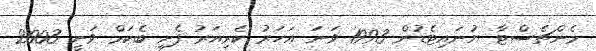
މެންޗެސްޓާ ޔުނައިޓެޑުން 1993 ވަނަ އަހަރު ކެރިއަރު ފެށި ބެކަމް ވަނީ 2003